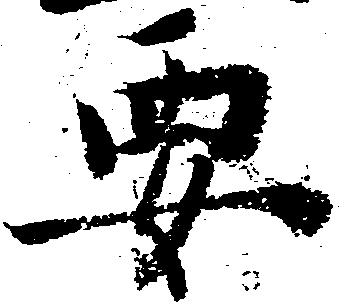
要